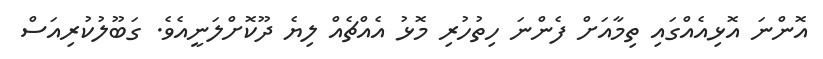
އޮންނަ އޮޅިއެއްގައި ތިމާއަށް ފެންނަ ހިތުހުރި މޮޅު އެއްޗެއް ލިޔެ ދޫކޮށްލަނީއެވެ. ގަބޫލުކުރިއަސް